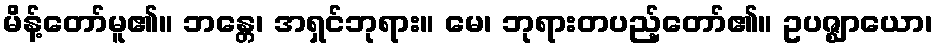
မိန့်တော်မူ၏။ ဘန္တေ၊ အရှင်ဘုရား။ မေ၊ ဘုရားတပည့်တော်၏။ ဥပဇ္ဈာယော၊